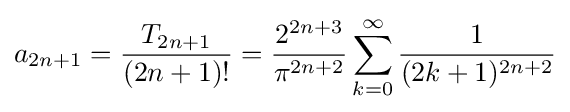
a_{2n+1}={\frac {T_{2n+1}}{(2n+1)!}}={\frac {2^{2n+3}}{\pi ^{2n+2}}}\sum _{k=0}^{\infty }{\frac {1}{(2k+1)^{2n+2}}}